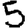
Digit: 5